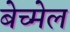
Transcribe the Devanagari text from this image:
बेच्मेल